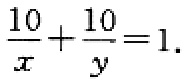
$\frac{10}{x}+\frac{10}{y}=1.$